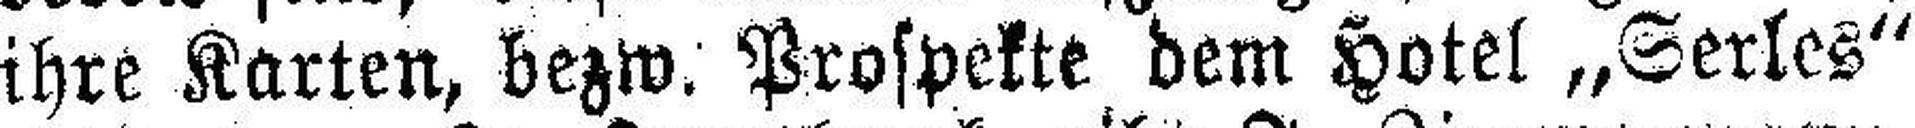
ihre Karten, bezw. Prospekte dem Hotel „Serles“